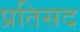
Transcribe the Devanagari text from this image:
प्रतिसद